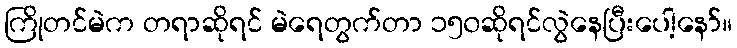
ကြိုတင်မဲက တရာဆိုရင် မဲရေတွက်တာ ၁၅၀ဆိုရင်လွဲနေပြီးပေါ့နော်။